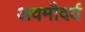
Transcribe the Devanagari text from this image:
अवमौदर्य